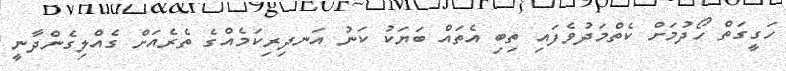
ހަގީގަތް ހޯދުމަށް ކެތްމަދުވެފައި ތިބި އެތައް ބަޔަކު ކަނު އަނދިރިކަމެއްގެ ތެރެއަށް ގެއްލިގެންދާނީ